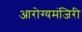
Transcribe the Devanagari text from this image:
आरोग्यमंजिरी